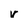
Character: v